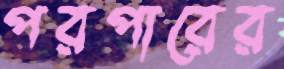
পরপারের